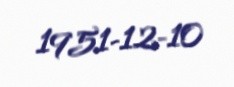
1951-12-10